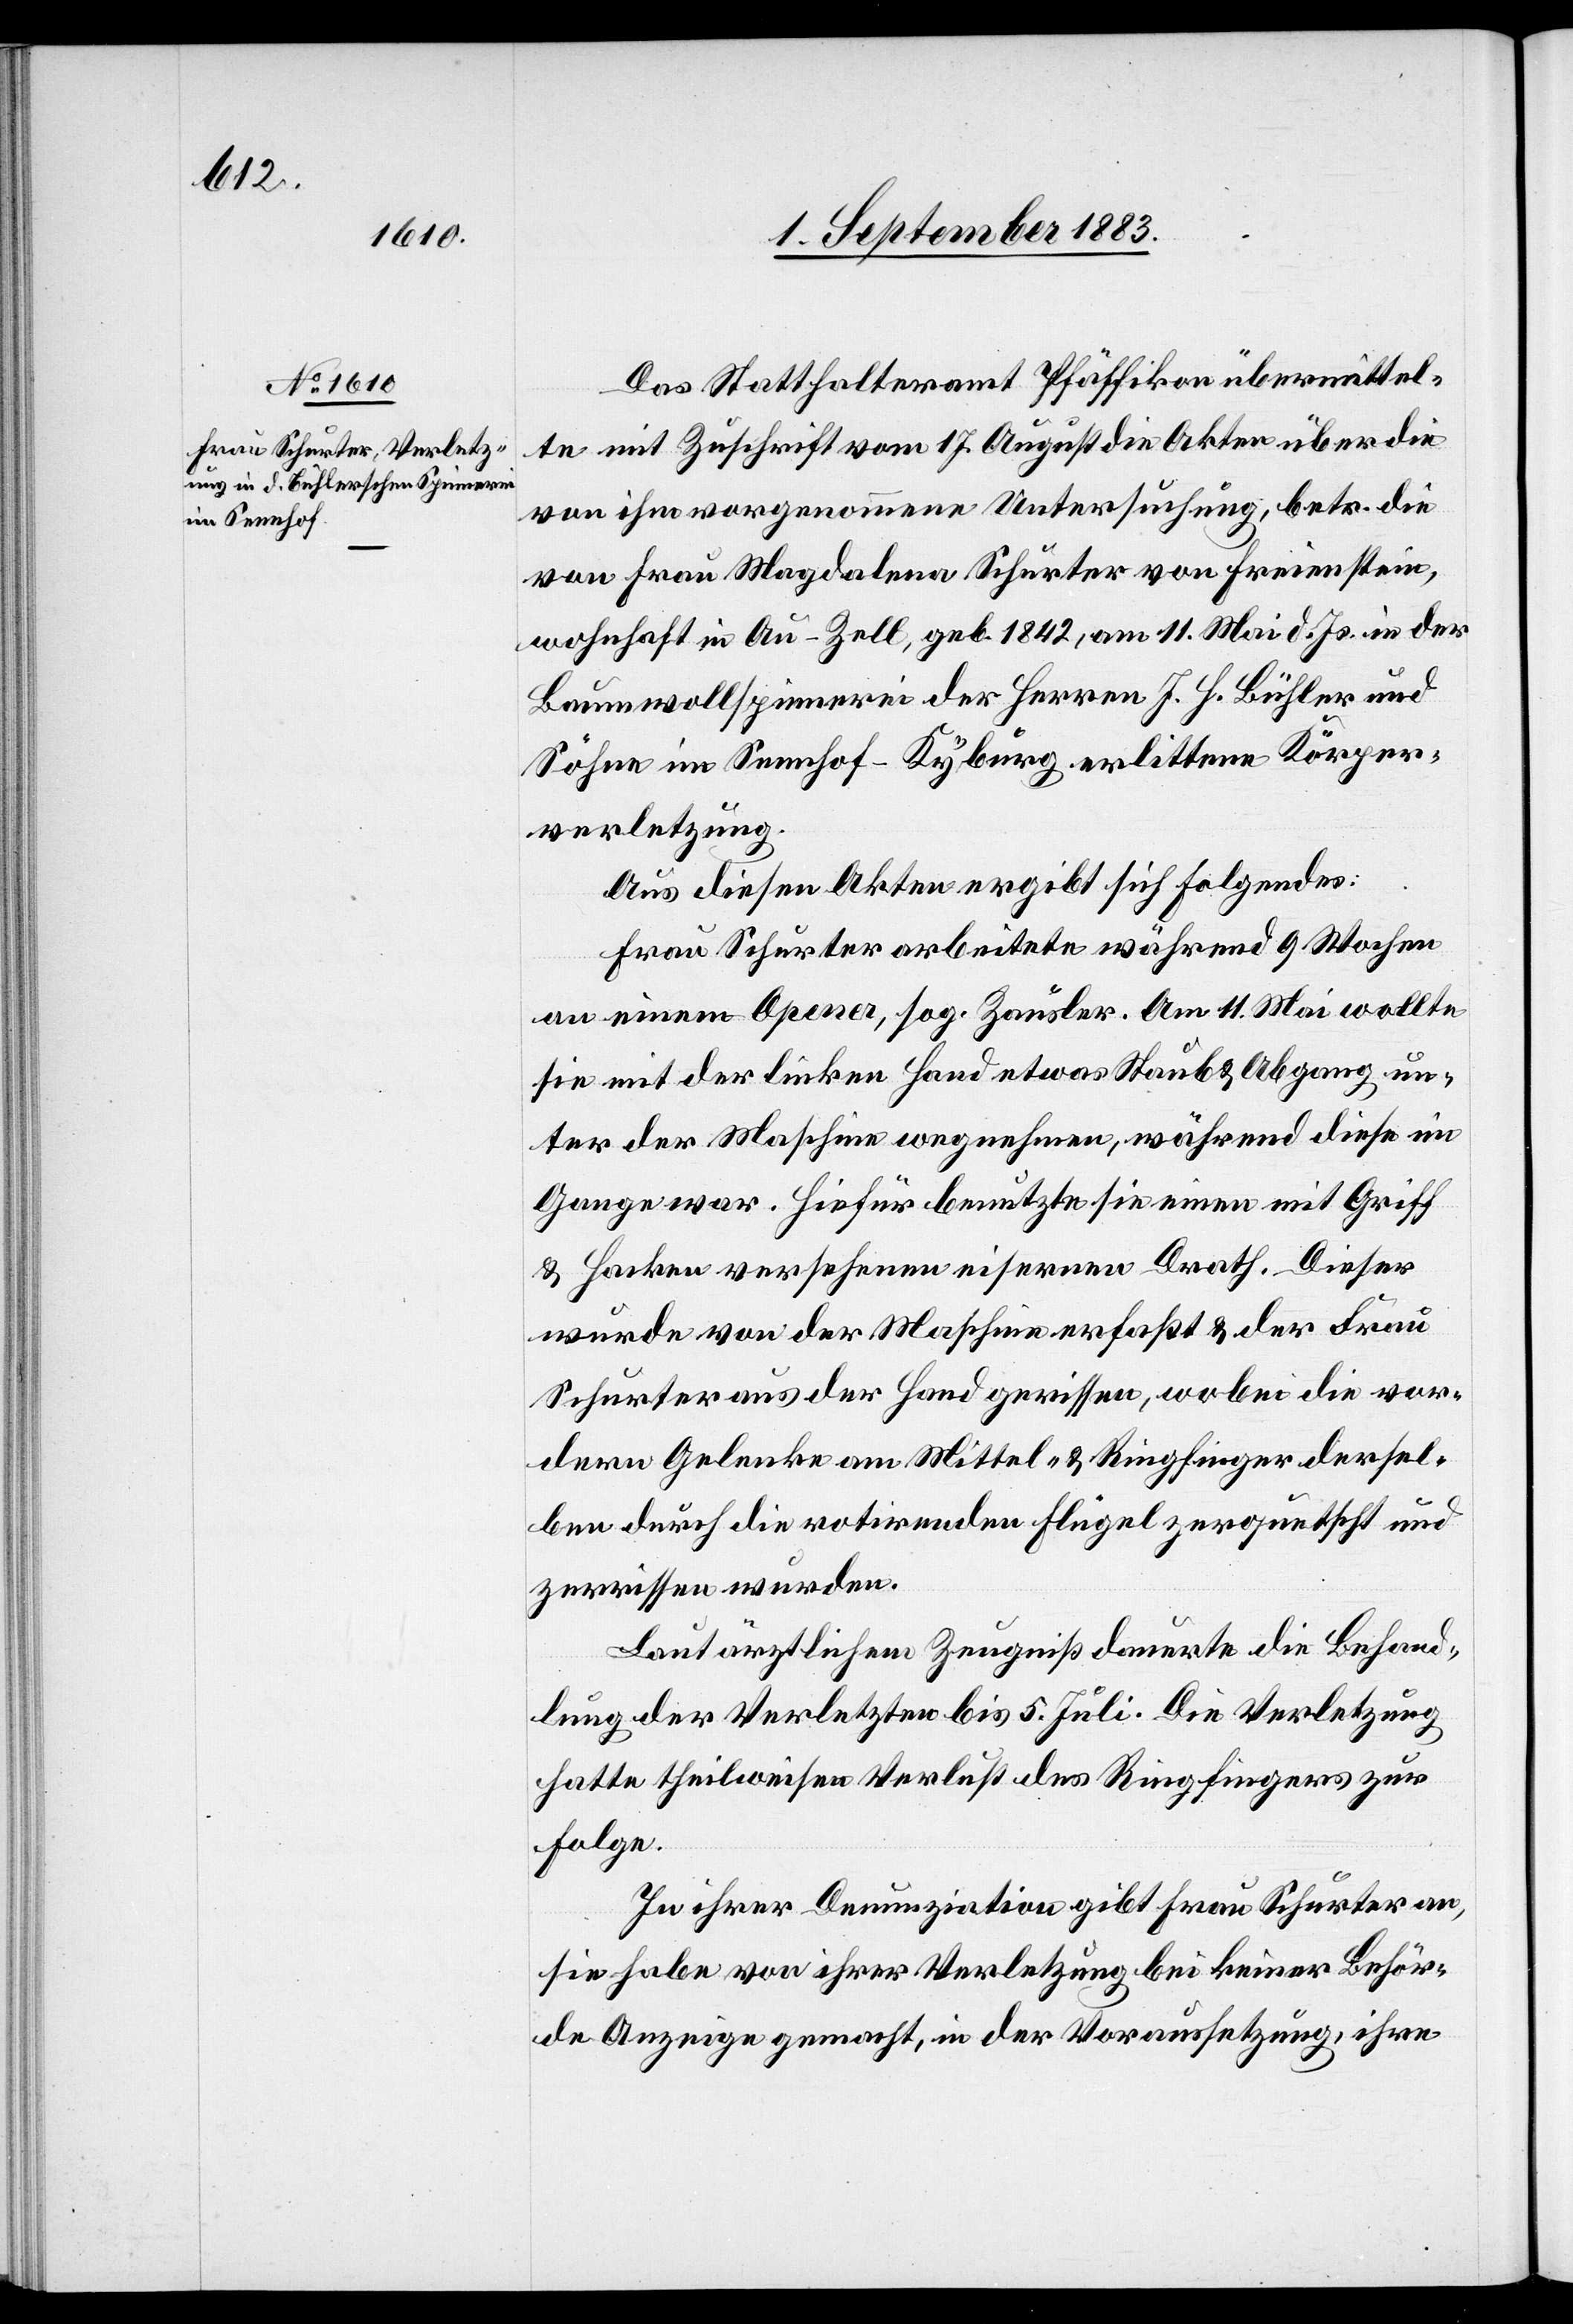
Das Statthalteramt Pfäffikon übermittel¬
te mit Zuschrift vom 17. August die Akten über die
von ihm vorgenommene Untersuchung, betr. die
von Frau Magdalena Schurter von Freienstein,
wohnhaft in Au - Zell, geb. 1842, am 11. Mai d. Js. in der
Baumwollspinnerei der Herren J. H. Bühler und
Söhne im Sennhof - Kyburg erlittene Körper¬
verletzung.
Aus diesen Akten ergibt sich Folgendes:
Frau Schurter arbeitete während 9 Wochen
an einem Opener, sog. Zäusler. Am 11. Mai wollte
sie mit der linken Hand etwas Staub & Abgang un¬
ter der Maschine wegnehmen, während diese im
Gange war. Hiefür benutzte sie einen mit Griff
& Haken versehenen eisernen Drath. Dieser
wurde von der Maschine erfaßt & der Frau
Schurter aus der Hand gerissen, wobei die vor¬
dern Gelenke am Mittel- & Ringfinger dersel¬
ben durch die rotirenden Flügel zerquetscht und
zerrissen wurden.
Laut ärztlichem Zeugniß dauerte die Behand¬
lung der Verletzungen bis 5. Juli. Die Verletzung
hatte theilweisen Verlust des Ringfingers zur
Folge.
In ihrer Denunziation gibt Frau Schurter an,
sie habe von ihrer Verletzung bei keiner Behör¬
de Anzeige gemacht, in der Voraussetzung, ihre